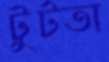
টুটতা